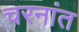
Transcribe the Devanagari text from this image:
चरनांत